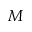
M